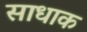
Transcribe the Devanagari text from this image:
साधाक